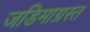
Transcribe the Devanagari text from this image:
जडिमाग्रस्त